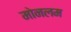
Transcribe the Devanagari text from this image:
मोनलम